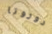
دوروتا